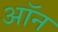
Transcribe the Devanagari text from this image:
अॉन